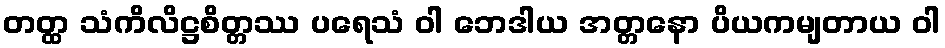
တတ္ထ သံကိလိဋ္ဌစိတ္တဿ ပရေသံ ဝါ ဘေဒါယ အတ္တနော ပိယကမျတာယ ဝါ